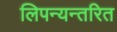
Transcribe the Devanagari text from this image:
लिपन्यन्तरित